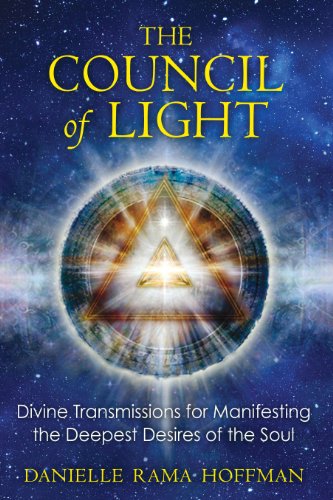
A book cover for The Council of Light: Divine Transmissions for Manifesting the Deepest Desires of the Soul; Danielle Rama Hoffman; Health, Fitness & Dieting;